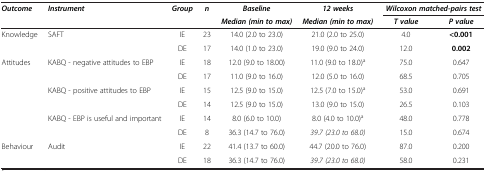
<table><thead><tr><td><b><i>Outcome</i></b></td><td><b><i>Instrument</i></b></td><td><b><i>Group</i></b></td><td><b><i>n</i></b></td><td><b><i>Baseline</i></b></td><td><b><i>12 weeks</i></b></td><td colspan="2"><b><i>Wilcoxon matched-pairs test</i></b></td></tr><tr><td><b> </b></td><td><b> </b></td><td><b> </b></td><td><b> </b></td><td><b><i>Median (min to max)</i></b></td><td><b><i>Median (min to max)</i></b></td><td><b><i>T value</i></b></td><td><b><i>P value</i></b></td></tr></thead><tbody><tr><td rowspan="2">Knowledge</td><td rowspan="2">SAFT</td><td>IE</td><td>23</td><td>14.0 (2.0 to 23.0)</td><td>21.0 (2.0 to 25.0)</td><td>4.0</td><td><b>&lt;0.001</b></td></tr><tr><td>DE</td><td>17</td><td>14.0 (1.0 to 23.0)</td><td>19.0 (9.0 to 24.0)</td><td>12.0</td><td><b>0.002</b></td></tr><tr><td rowspan="6">Attitudes</td><td rowspan="2">KABQ - negative attitudes to EBP</td><td>IE</td><td>18</td><td>12.0 (9.0 to 18.00)</td><td>11.0 (9.0 to 18.0)<sup>a</sup></td><td>75.0</td><td>0.647</td></tr><tr><td>DE</td><td>17</td><td>11.0 (9.0 to 16.0)</td><td>12.0 (5.0 to 16.0)</td><td>68.5</td><td>0.705</td></tr><tr><td rowspan="2">KABQ - positive attitudes to EBP</td><td>IE</td><td>15</td><td>12.5 (9.0 to 15.0)</td><td>12.5 (7.0 to 15.0)<sup>a</sup></td><td>53.0</td><td>0.691</td></tr><tr><td>DE</td><td>14</td><td>12.5 (9.0 to 15.0)</td><td>13.0 (9.0 to 15.0)</td><td>26.5</td><td>0.103</td></tr><tr><td rowspan="2">KABQ - EBP is useful and important</td><td>IE</td><td>14</td><td>8.0 (6.0 to 10.0)</td><td>8.0 (4.0 to 10.0)<sup>a</sup></td><td>48.0</td><td>0.778</td></tr><tr><td>DE</td><td>8</td><td>36.3 (14.7 to 76.0)</td><td><i>39.7 (23.0 to 68.0)</i></td><td>15.0</td><td>0.674</td></tr><tr><td rowspan="2">Behaviour</td><td rowspan="2">Audit</td><td>IE</td><td>22</td><td>41.4 (13.7 to 60.0)</td><td>44.7 (20.0 to 76.0)</td><td>87.0</td><td>0.200</td></tr><tr><td>DE</td><td>18</td><td>36.3 (14.7 to 76.0)</td><td><i>39.7 (23.0 to 68.0)</i></td><td>58.0</td><td>0.231</td></tr></tbody></table>